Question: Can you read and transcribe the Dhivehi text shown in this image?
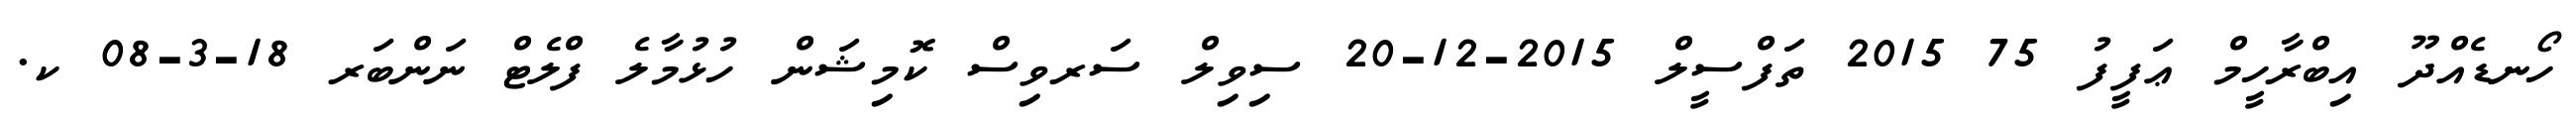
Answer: ހޯނޑެއްދޫ އިބްރާހީމް ޢަފީފު 75 2015 ތަފްސީލް 2015-12-20 ސިވިލް ސަރވިސް ކޮމިޝަން ހުޅުމާލެ ފްލެޓް ނަންބަރ 18-3-08 ކ.